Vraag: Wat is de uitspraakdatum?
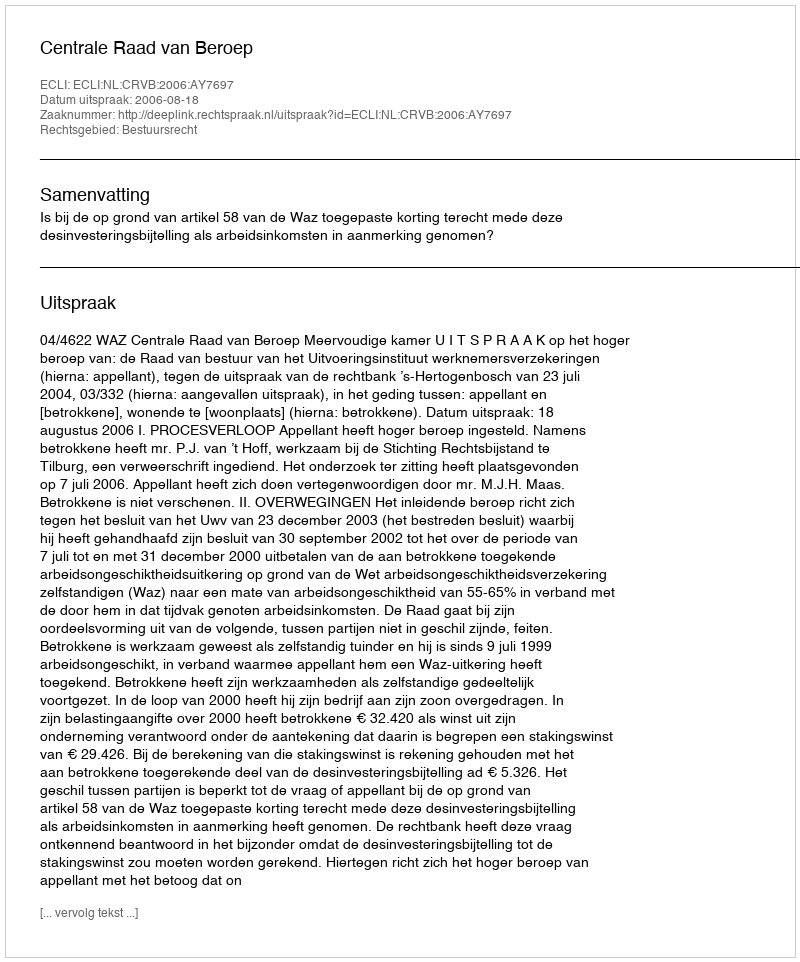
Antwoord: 2006-08-18